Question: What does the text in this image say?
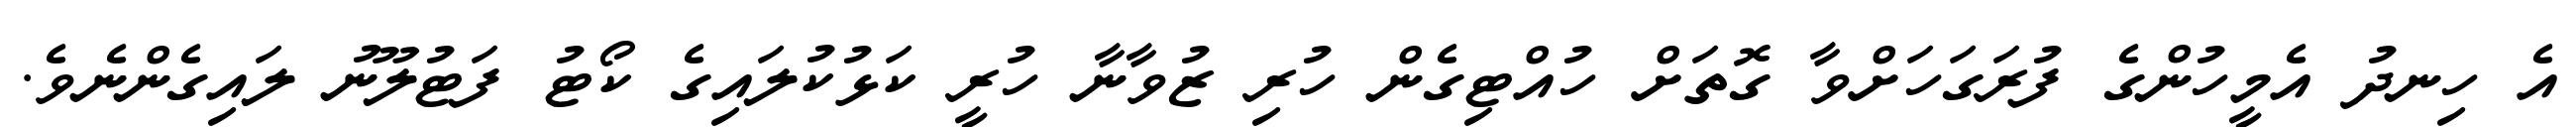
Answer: އެ ހިނދު އެމީހުންގެ ފުރަގަހަށްވާ ގޮތަށް ހުއްޓިގެން ހުރި ޒުވާނާ ހުރީ ކަޅުކުލައިގެ ކޯޓު ފަޓުލޫނު ލައިގެންނެވެ.